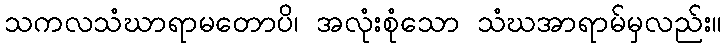
သကလသံဃာရာမတောပိ၊ အလုံးစုံသော သံဃအာရာမ်မှလည်း။